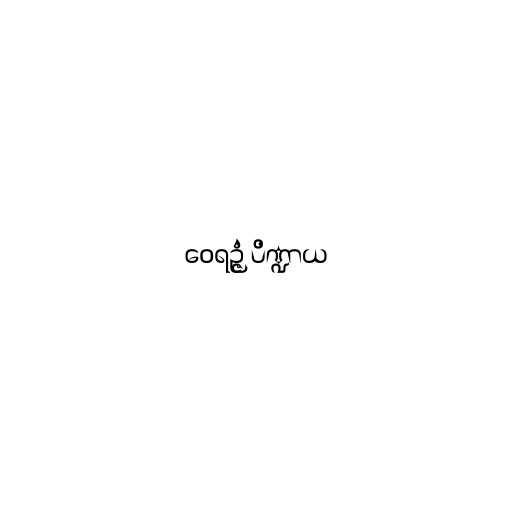
ဝေရဉ္ဇံ ပိဏ္ဍာယ